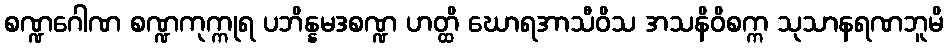
စဏ္ဍဂေါဏ စဏ္ဍကုက္ကုရ ပဘိန္နမဒစဏ္ဍ ဟတ္ထိ ဃောရအာသီဝိသ အသနိဝိစက္က သုသာနရဏဘူမိ